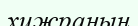
хижраның